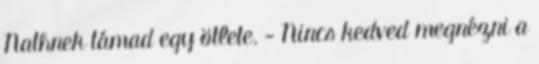
Nathnek támad egy ötlete. - Nincs kedved megnézni a